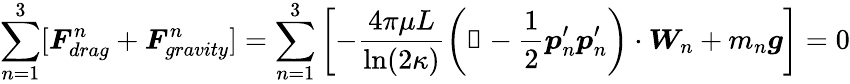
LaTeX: \sum_{n=1}^{3}[\boldsymbol{F}_{drag}^{n}+\boldsymbol{F}_{gravity}^{n}]=\sum_{n=1}^{3}\left[-\frac{4\pi\mu L}{\ln(2\kappa)}\left(\mathbb{1}-\frac{1}{2}\boldsymbol{p}_{n}^{\prime}\boldsymbol{p}_{n}^{\prime}\right)\cdot\boldsymbol{W}_{n}+m_{n}\boldsymbol{g}\right]=0